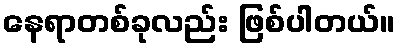
နေရာတစ်ခုလည်း ဖြစ်ပါတယ်။